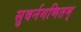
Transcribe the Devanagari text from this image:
सुवर्नगणितम्